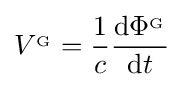
V^{_{\mathrm {G} }}={\frac {1}{c}}{\frac {\mathrm {d} \mathrm {\Phi } ^{_{\mathrm {G} }}}{\mathrm {d} t}}